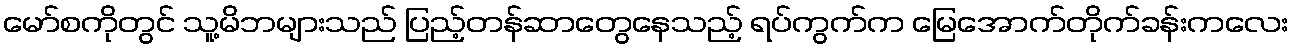
မော်စကိုတွင် သူ့မိဘများသည် ပြည့်တန်ဆာတွေနေသည့် ရပ်ကွက်က မြေအောက်တိုက်ခန်းကလေး